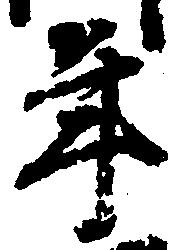
年